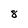
Character: 8